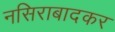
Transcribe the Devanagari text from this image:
नसिराबादकर